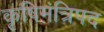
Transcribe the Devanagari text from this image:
कृषिमंत्रिपद